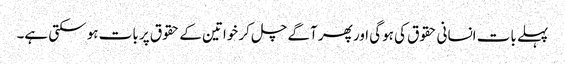
پہلے بات انسانی حقوق کی ہوگی اور پھر آگے چل کر خواتین کے حقوق پر بات ہو سکتی ہے۔